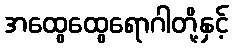
အထွေထွေရောဂါတို့နှင့်